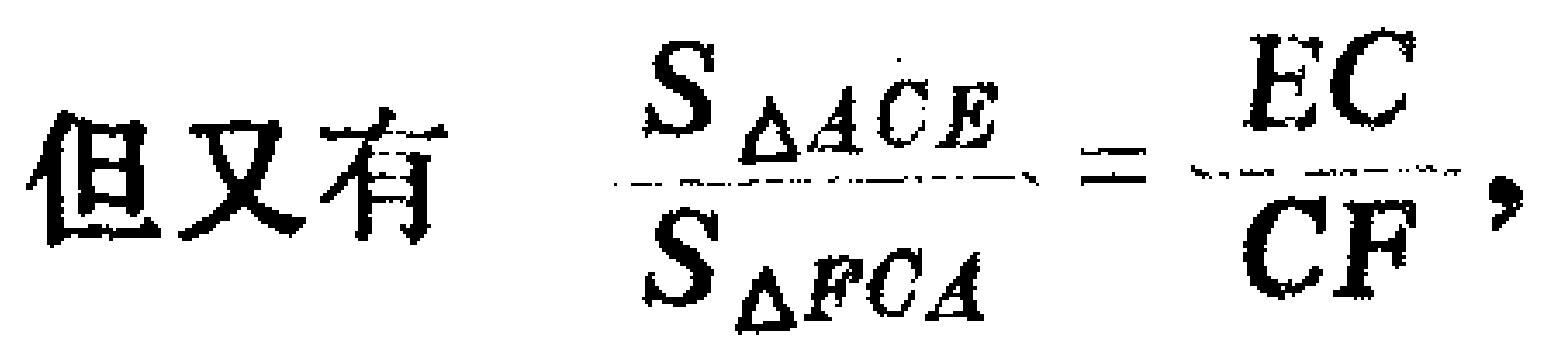
但又有 $\frac{S_{\triangle ACE}}{S_{\triangle FCA}} = \frac{EC}{CF}$，